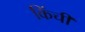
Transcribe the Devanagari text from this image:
किंची